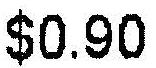
$0.90